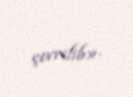
çevrilib».